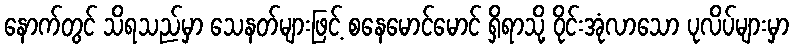
နောက်တွင် သိရသည်မှာ သေနတ်များဖြင့် စနေမောင်မောင် ရှိရာသို့ ဝိုင်းအုံလာသော ပုလိပ်များမှာ